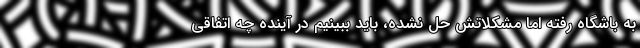
به باشگاه رفته اما مشکلاتش حل نشده، باید ببینیم در آینده چه اتفاقی